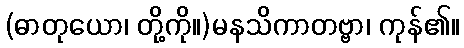
(ဓာတုယော၊ တို့ကို။)မနသိကာတဗ္ဗာ၊ ကုန်၏။